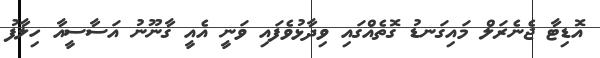
އޮޑިޓާ ޖެނެރަލް މައިގަނޑު ގޮތެއްގައި ވިދާޅުވެފައި ވަނީ އެއީ ގާނޫނު އަސާސީއާ ހިލާފު